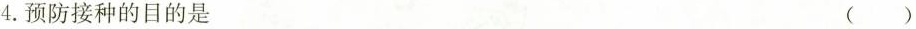
4.预防接种的目的是 ( )